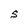
Character: S